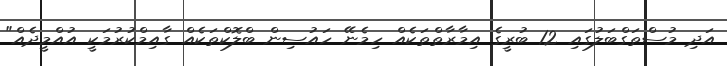
އަދި މުސްތަގްބަލުގައި 12 ބުރީގެ އިމާރާތްތަކެއް ހިމެނޭ ހައުސިން ބްލޮކްތަކެއް ގާއިމްކުރުމަކީ އުއްމީދެއް"